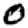
Digit: 0